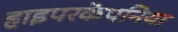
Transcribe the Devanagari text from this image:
हाइपरकेपनिया